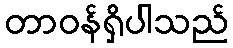
တာဝန်ရှိပါသည်